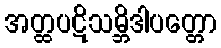
အတ္ထပဋိသမ္ဘိဒါပတ္တော